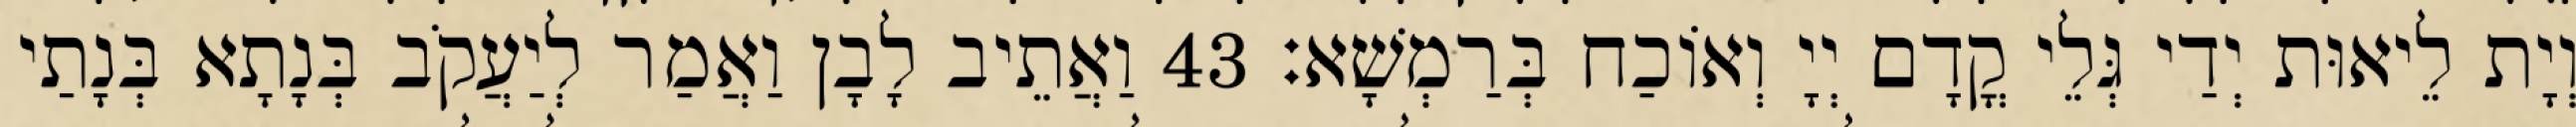
וְיָת לֵיאוּת יְדַי גְּלֵי קֳדָם יְיָ וְאוֹכַח בְּרַמְשָׁא׃ 43 וַאֲתֵיב לָבָן וַאֲמַר לְיַעֲקֹב בְּנָתָא בְּנָתַי